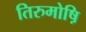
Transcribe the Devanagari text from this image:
तिरुमोष़ि